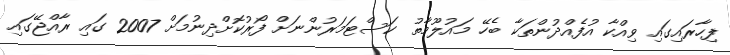
ފިހާރައިގައި ވިއްކާ އުފެއްދުންތަކާ ބެހޭ މައުލޫމާތު ކަސްޓަމަރުންނަށް ފޯރުކޮށްދިނުމަށް 2007 ގައި ރާއްޖޭގައި